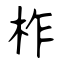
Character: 柞